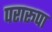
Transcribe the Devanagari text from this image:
परारूपा